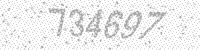
Solution: 734697